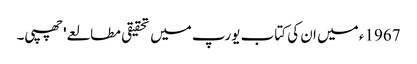
1967ء میں ان کی کتاب یورپ میں تحقیقی مطالعے' چھپی۔